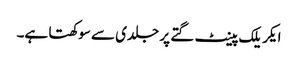
ایکریلک پینٹ گتے پر جلدی سے سوکھتا ہے۔